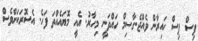
ޕިސް ޕިސް ހައިރާން ވެއްޖެ.ގާސިމް ހައްދަނީ މިހާރު. އެއީ މޮޔައެއްތަ ފަހެ. އެސޮރަކަށްވެސް